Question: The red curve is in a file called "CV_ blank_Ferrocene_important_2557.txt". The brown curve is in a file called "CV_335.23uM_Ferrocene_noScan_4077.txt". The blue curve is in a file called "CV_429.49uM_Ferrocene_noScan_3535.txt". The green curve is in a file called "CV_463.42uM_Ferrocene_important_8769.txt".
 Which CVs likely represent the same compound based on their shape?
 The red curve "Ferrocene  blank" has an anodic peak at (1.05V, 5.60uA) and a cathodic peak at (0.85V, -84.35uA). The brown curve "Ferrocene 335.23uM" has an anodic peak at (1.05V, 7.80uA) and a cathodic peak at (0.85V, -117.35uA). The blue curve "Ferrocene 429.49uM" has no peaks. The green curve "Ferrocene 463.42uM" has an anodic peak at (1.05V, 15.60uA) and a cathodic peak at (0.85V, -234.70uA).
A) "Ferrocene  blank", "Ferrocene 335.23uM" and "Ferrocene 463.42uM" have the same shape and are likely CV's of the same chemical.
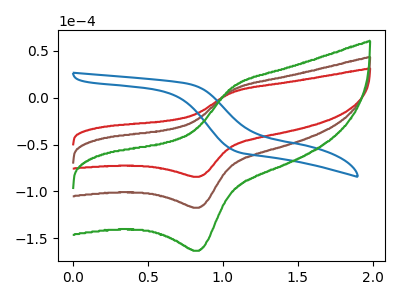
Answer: <think>All the peaks in "Ferrocene  blank" have a peak in "Ferrocene 335.23uM" at the same potential. Every peak in "Ferrocene  blank" is lower than every peak in "Ferrocene 335.23uM". "Ferrocene  blank" and "Ferrocene 429.49uM" have a different number of peaks. All the peaks in "Ferrocene  blank" have a peak in "Ferrocene 463.42uM" at the same potential. Every peak in "Ferrocene  blank" is lower than every peak in "Ferrocene 463.42uM". "Ferrocene 335.23uM" and "Ferrocene 429.49uM" have a different number of peaks. All the peaks in "Ferrocene 335.23uM" have a peak in "Ferrocene 463.42uM" at the same potential. Every peak in "Ferrocene 335.23uM" is lower than every peak in "Ferrocene 463.42uM". "Ferrocene 429.49uM" and "Ferrocene 463.42uM" have a different number of peaks.
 </think>
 <answer>A) "Ferrocene  blank", "Ferrocene 335.23uM" and "Ferrocene 463.42uM" have the same shape and are likely CV's of the same chemical.</answer>
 <eval>A</eval>